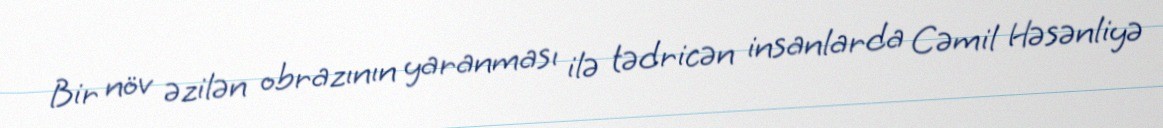
Bir növ əzilən obrazının yaranması ilə tədricən insanlarda Cəmil Həsənliyə